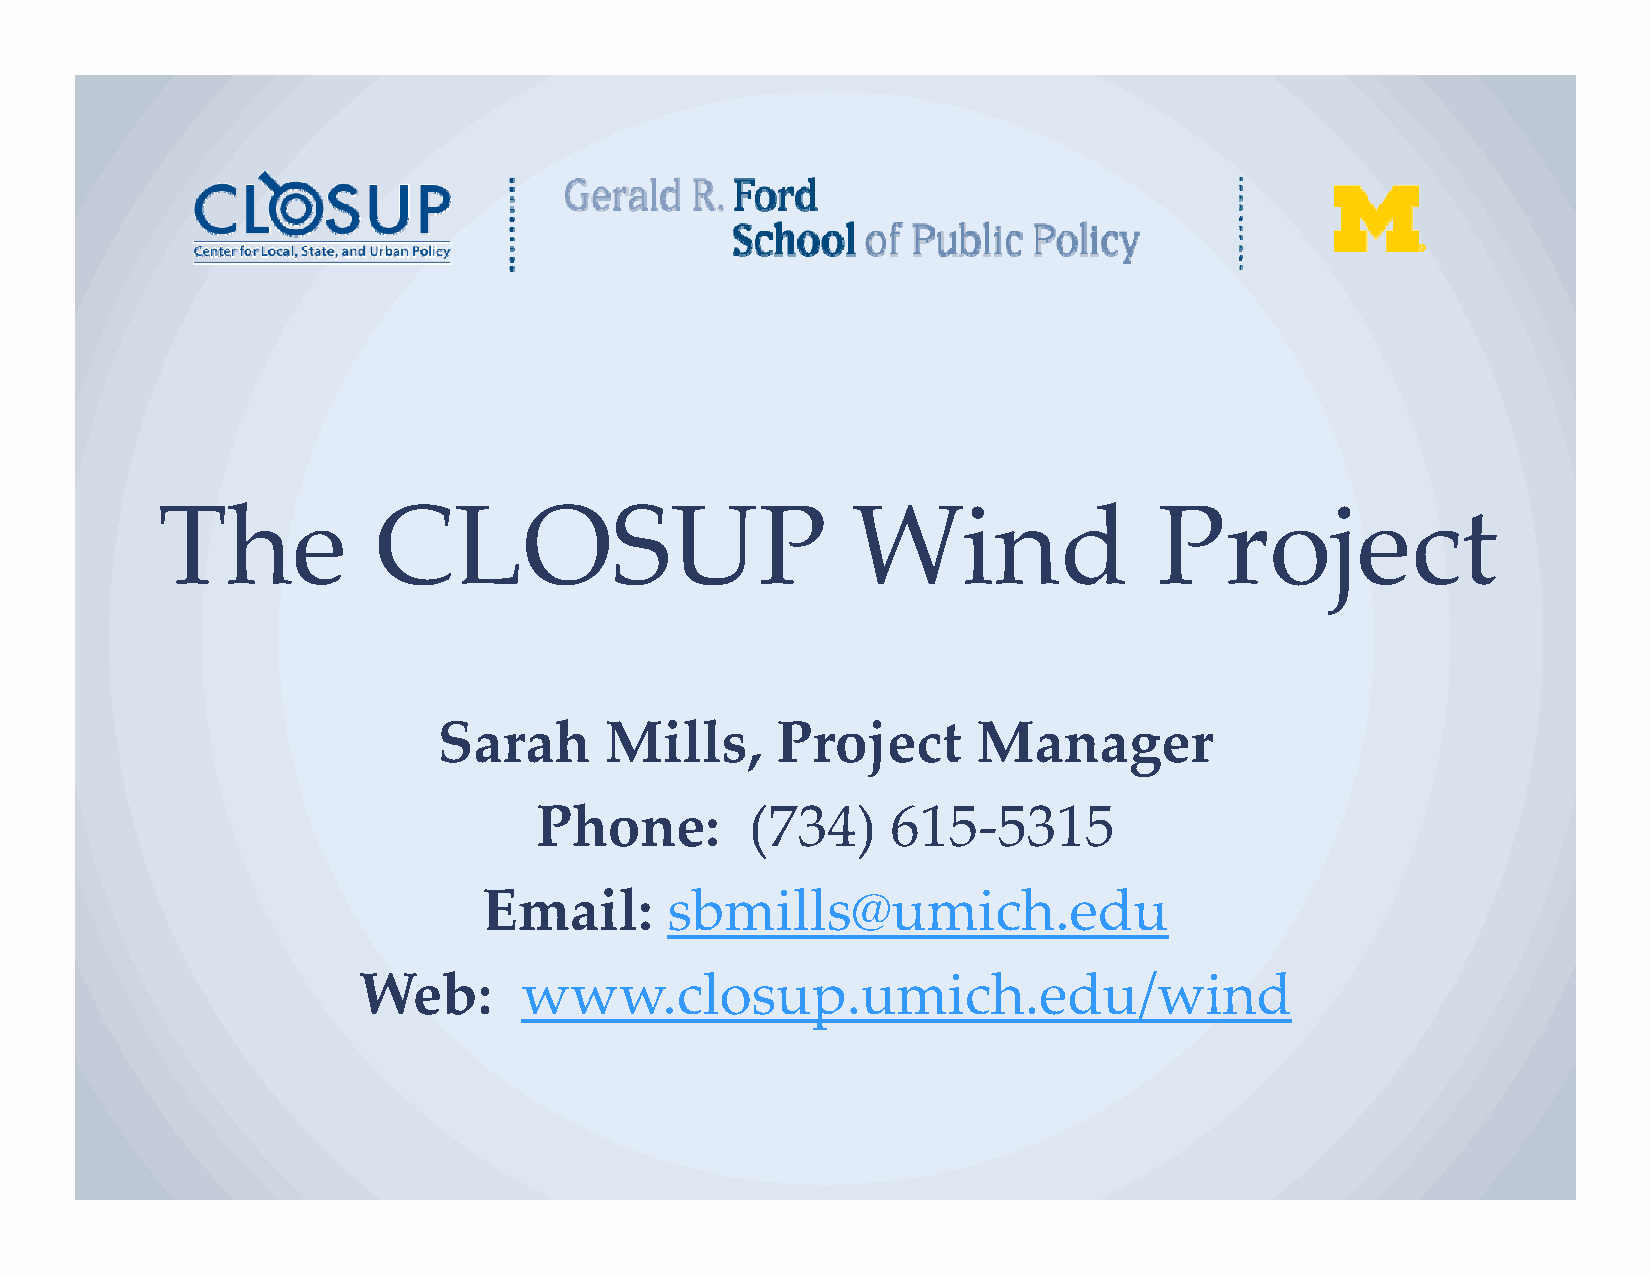
The            CLOSUP                         Wind                 Project
 Sarah      Mills,     Project       Manager
 Phone:         (734)    615‐5315
 Email:      sbmills@umich.edu
 Web:       www.closup.umich.edu/wind